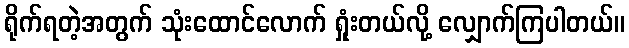
ရိုက်ရတဲ့အတွက် သုံးထောင်လောက် ရှုံးတယ်လို့ လျှောက်ကြပါတယ်။